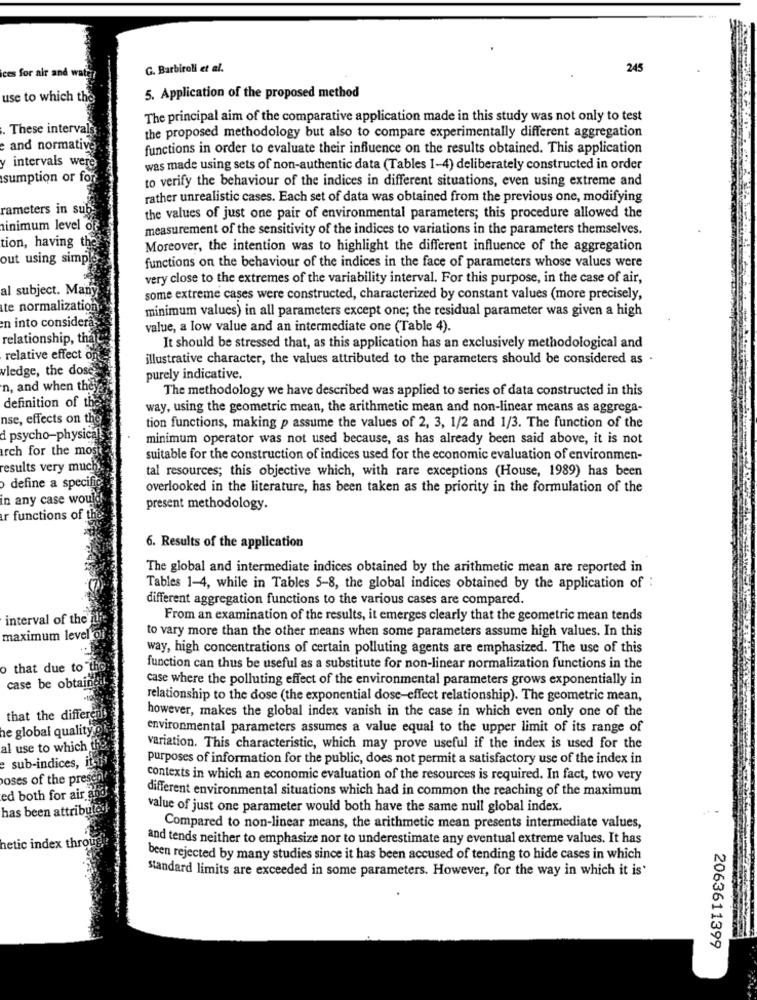
ices for air and w
G. Barbiroli et al.
245
use to which the
5. Application of the proposed method
The principal aim of the comparative application made in this study was not only to test
These intervals
the proposed methodology but also to compare experimentally different aggregation
e and normative
functions in order to evaluate their influence on the results obtained. This application
y intervals were
was made using sets of non-authentic data (Tables 1-4) deliberately constructed in order
sumption or for
to verify the behaviour of the indices in different situations, even using extreme and
rather unrealistic cases. Each set of data was obtained from the previous one, modifying
rameters in sul
the values of just one pair of environmental parameters; this procedure allowed the
minimum level o
measurement of the sensitivity of the indices to variations in the parameters themselves.
tion, having
Moreover, the intention was to highlight the different influence of the aggregation
out using simpl
functions on the behaviour of the indices in the face of parameters whose values were
very close to the extremes of the variability interval. For this purpose, in the case of air,
al subject. Many
some extreme cases were constructed, characterized by constant values (more precisely,
te normalization
minimum values) in all parameters except one; the residual parameter was given a high
en into consider
value, a low value and an intermediate one (Table 4).
relationship, the
It should be stressed that, as this application has an exclusively methodological and
relative effect o
illustrative character, the values attributed to the parameters should be considered as .
wledge, the dose
purely indicative.
n, and when they
The methodology we have described was applied to series of data constructed in this
definition of th
way, using the geometric mean, the arithmetic mean and non-linear means as aggrega-
nse, effects on th
tion functions, making p assume the values of 2, 3, 1/2 and 1/3. The function of the
d psycho-physical
minimum operator was not used because, as has already been said above, it is not
rch for the mos
suitable for the construction of indices used for the economic evaluation of environmen-
results very much
tal resources; this objective which, with rare exceptions (House, 1989) has been
define a specific
overlooked in the literature, has been taken as the priority in the formulation of the
in any case wou
present methodology.
r functions of th
6. Results of the application
The global and intermediate indices obtained by the arithmetic mean are reported in
Tables 1-4, while in Tables 5-8, the global indices obtained by the application of :
different aggregation functions to the various cases are compared.
interval of the"
From an examination of the results, it emerges clearly that the geometric mean tends
to vary more than the other means when some parameters assume high values. In this
maximum level
way, high concentrations of certain polluting agents are emphasized. The use of this
o that due to
function can thus be useful as a substitute for non-linear normalization functions in the
case where the polluting effect of the environmental parameters grows exponentially in
case be obtain
relationship to the dose (the exponential dose-effect relationship). The geometric mean,
however, makes the global index vanish in the case in which even only one of the
that the differe
he global quality
environmental parameters assumes a value equal to the upper limit of its range of
al use to which t
variation. This characteristic, which may prove useful if the index is used for the
purposes of information for the public, does not permit a satisfactory use of the index in
e sub-indices,
oses of the pres
contexts in which an economic evaluation of the resources is required. In fact, two very
different environmental situations which had in common the reaching of the maximum
ed both for air an
has been attribut
value of just one parameter would both have the same null global index.
Compared to non-linear means, the arithmetic mean presents intermediate values,
and tends neither to emphasize nor to underestimate any eventual extreme values. It has
hetic index throu
been rejected by many studies since it has been accused of tending to hide cases in which
standard limits are exceeded in some parameters. However, for the way in which it is'
2063611399